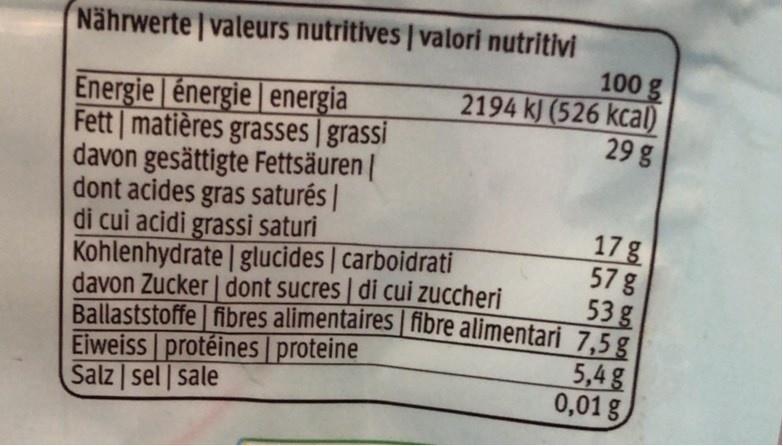
Nährwerte valeurs nutritives | valori nutritivi
100g 2194 k) (526 kcal) 29 g
Energie énergie energia Fett matières grasses | grassi davon gesättigte Fettsäuren | dont acides gras saturés | di cui acidi grassi saturi Kohlenhydrate | glucides | carboidrati davon Zucker | dont sucres di cui zuccheri Ballaststoffe | fibres alimentaires | fibre alimentari 7,5g Eiweiss protéines proteine Salz sel | sale
17g 57 g 53g
5,4g 0,01 g